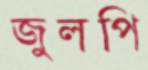
জুলপি